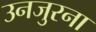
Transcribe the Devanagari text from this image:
उनजुरना